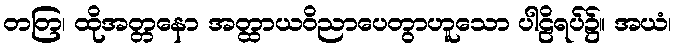
တတြ၊ ထိုအတ္တနော အတ္ထာယဝိညာပေတွာဟူသော ပါဠိရပ်၌။ အယံ၊